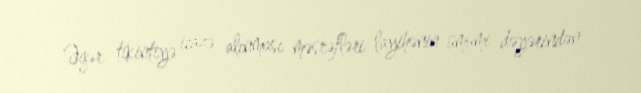
Əgər tikintiyə icazə alınması məsrəfləri layihənin ümumi dəyərindən